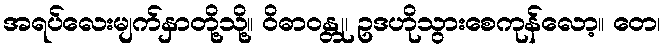
အရပ်လေးမျက်နှာတို့သို့။ ဝိဓာဝန္တု၊ ဥဒဟိုသွားစေကုန်လော့။ တေ၊